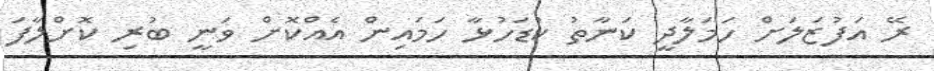
ރޭ އަފުޒަލަށް ހަމަލާދީ ކަނާތު ކުޑަހުޅާ ހަމައިން އެއްކޮށް ވަނީ ބުރި ކޮށްލާފަ